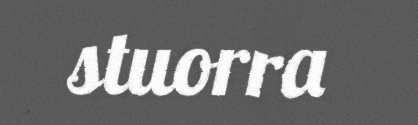
stuorra